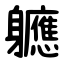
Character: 軈